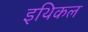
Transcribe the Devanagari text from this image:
इथिकल